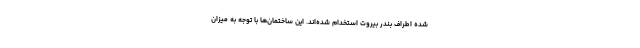
شده اطراف بندر بیروت استخدام شده‌اند. این ساختمان‌ها با توجه به میزان